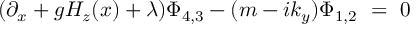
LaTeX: ( \partial _ { x } + g H _ { z } ( x ) + \lambda ) \Phi _ { 4 , 3 } - ( m - i k _ { y } ) \Phi _ { 1 , 2 } ~ = ~ 0